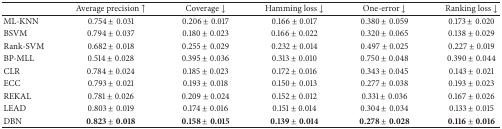
<table><thead><tr><td><b> </b></td><td><b>Average precision ↑</b></td><td><b>Coverage ↓</b></td><td><b>Hamming loss ↓</b></td><td><b>One-error ↓</b></td><td><b>Ranking loss ↓</b></td></tr></thead><tbody><tr><td>ML-KNN</td><td>0.754 ± 0.031</td><td>0.206 ± 0.017</td><td>0.166 ± 0.017</td><td>0.380 ± 0.059</td><td>0.173 ± 0.020</td></tr><tr><td>BSVM</td><td>0.794 ± 0.037</td><td>0.180 ± 0.023</td><td>0.166 ± 0.022</td><td>0.320 ± 0.065</td><td>0.138 ± 0.029</td></tr><tr><td>Rank-SVM</td><td>0.682 ± 0.018</td><td>0.255 ± 0.029</td><td>0.232 ± 0.014</td><td>0.497 ± 0.025</td><td>0.227 ± 0.019</td></tr><tr><td>BP-MLL</td><td>0.514 ± 0.028</td><td>0.395 ± 0.036</td><td>0.313 ± 0.010</td><td>0.750 ± 0.048</td><td>0.390 ± 0.044</td></tr><tr><td>CLR</td><td>0.784 ± 0.024</td><td>0.185 ± 0.023</td><td>0.172 ± 0.016</td><td>0.343 ± 0.045</td><td>0.143 ± 0.021</td></tr><tr><td>ECC</td><td>0.793 ± 0.021</td><td>0.193 ± 0.018</td><td>0.150 ± 0.013</td><td>0.277 ± 0.038</td><td>0.193 ± 0.023</td></tr><tr><td>REKAL</td><td>0.781 ± 0.026</td><td>0.209 ± 0.024</td><td>0.152 ± 0.012</td><td>0.331 ± 0.036</td><td>0.167 ± 0.026</td></tr><tr><td>LEAD</td><td>0.803 ± 0.019</td><td>0.174 ± 0.016</td><td>0.151 ± 0.014</td><td>0.304 ± 0.034</td><td>0.133 ± 0.015</td></tr><tr><td>DBN</td><td><b>0.823</b> ± <b>0.018</b></td><td><b>0.158</b> ± <b>0.015</b></td><td><b>0.139</b> ± <b>0.014</b></td><td><b>0.278</b> ± <b>0.028</b></td><td><b>0.116</b> ± <b>0.016</b></td></tr></tbody></table>